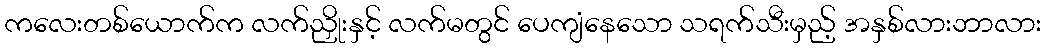
ကလေးတစ်ယောက်က လက်ညှိုးနှင့် လက်မတွင် ပေကျံနေသော သရက်သီးမှည့် အနှစ်လားဘာလား